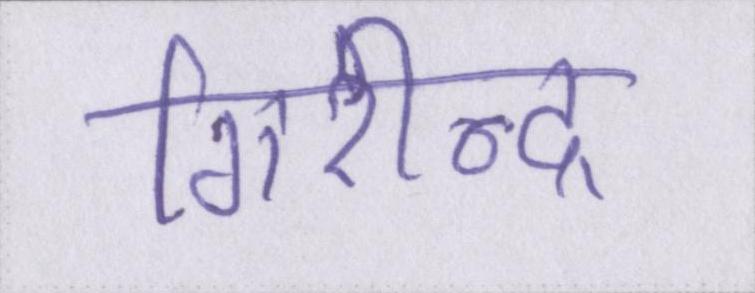
गिरीन्द्र